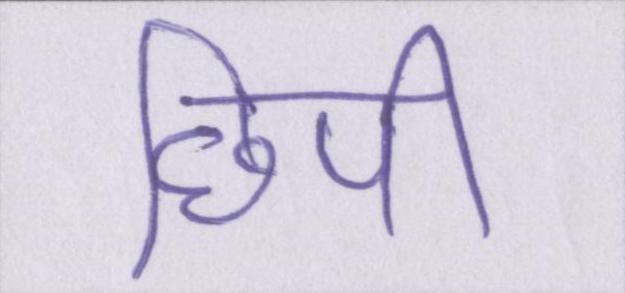
छिपी